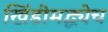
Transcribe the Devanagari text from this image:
खिंडीमद्ध्येच